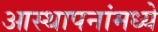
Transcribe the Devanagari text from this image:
आस्‍थापनांमध्‍ये